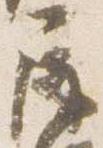
屏